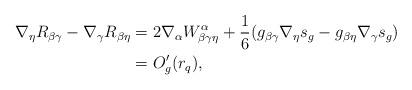
LaTeX: \begin{align*}\nabla_{\eta}R_{\beta\gamma}-\nabla_{\gamma}R_{\beta\eta}&=2\nabla_{\alpha}W^{\alpha}_{\beta\gamma\eta}+\frac16(g_{\beta\gamma}\nabla_{\eta}s_g-g_{\beta\eta}\nabla_{\gamma}s_g)\\&=O_g'(r_q),\end{align*}